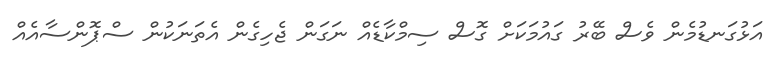
އަޅުގަނޑުމެން ވެސް ބޭރު ގައުމަކަށް ގޮސް ސިމްކާޑެއް ނަގަން ޖެހިގެން އެތަނަކުން ސްޕޮންސާއެއް